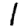
Digit: 1